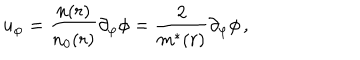
u _ { \varphi } = \frac { n ( r ) } { n _ { 0 } ( r ) } \partial _ { \varphi } \phi = \frac 2 { m ^ { * } ( r ) } \partial _ { \varphi } \phi \, ,